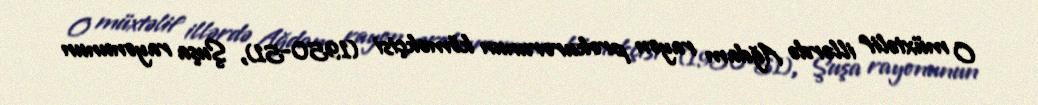
O müxtəlif illərdə Ağdam rayon prokurorunun köməkçisi (1950-51), Şuşa rayonunun